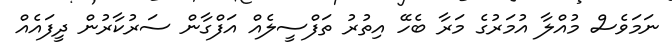
ނަމަވެސް މުއްލާ އުމަރުގެ މަރާ ބެހޭ އިތުރު ތަފްސީލެއް އަފްގާން ސަރުކާރުން ދީފައެއް